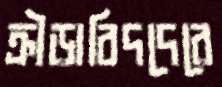
ক্রীড়াবিদদেরে